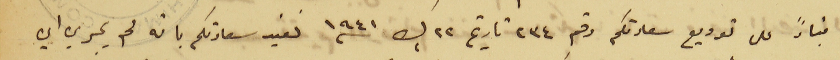
بناءً على توريع سعادتكم رقم ٢٣٤ تاريخ ٢٢ ك٢ سنه ١٩٤١ نفيد سعادتكم بانه لم يجري اي